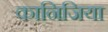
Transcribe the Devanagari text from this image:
कानिजिया